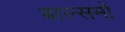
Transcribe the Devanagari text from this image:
बाल्समों